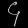
Digit: ၄